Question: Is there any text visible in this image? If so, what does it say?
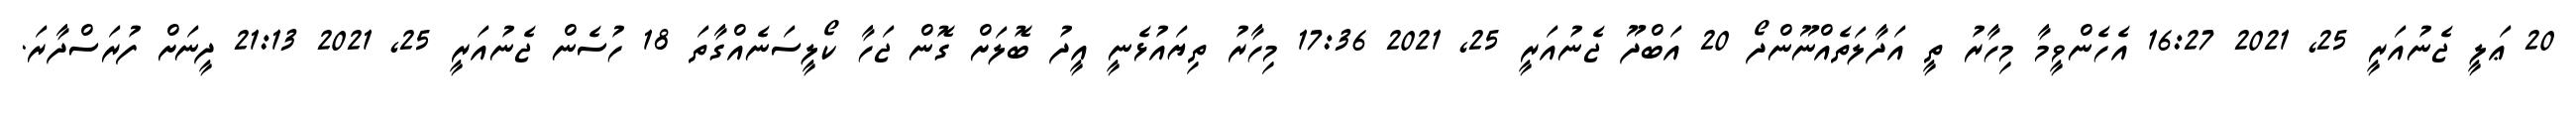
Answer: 20 ޢަލީ ޖެނުއަރީ 25, 2021 16:27 އެހެންވީމާ މިހާރު ތީ އަދާލަތެއްނޫންދޯ 20 އަބްދޫ ޖެނުއަރީ 25, 2021 17:36 މިހާރު ތިޔައުޅެނީ އީދު ބޮލަށް ގޮން ޖަހާ ކޯލީސަނެއްގާތަ 18 ހުސެން ޖެނުއަރީ 25, 2021 21:13 ދީނަށް ފުރަސްދާރަ.